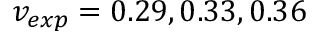
v _ { e x p } = 0 . 2 9 , 0 . 3 3 , 0 . 3 6